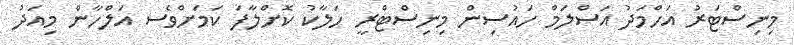
މިނިސްޓަރު އަހްމަދު އަސްލަމް ހައުސިން މިނިސްޓްރީ ހަލާކު ކޮށްލާފަ ކަމަށްވެސ އަލްހާން މިއަދު